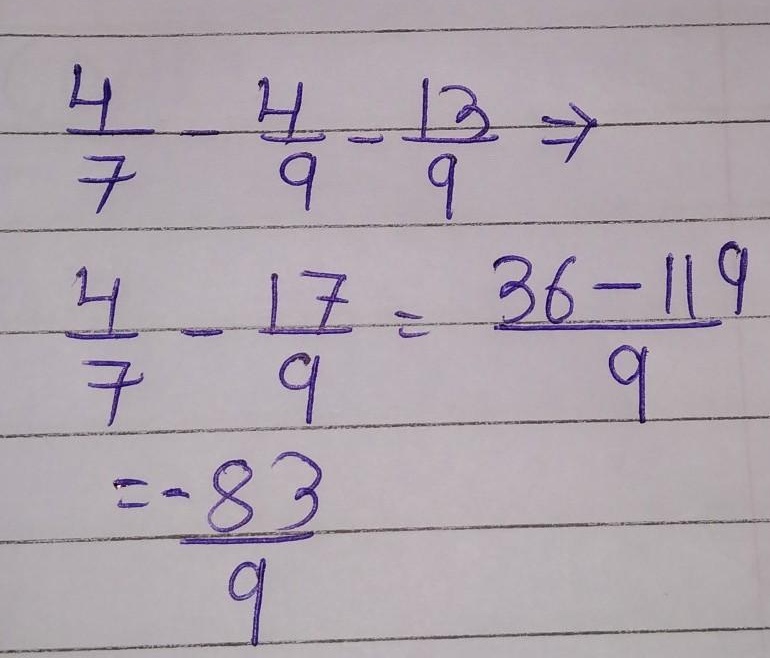
\[\begin{align*}
&\frac{4}{7}-\frac{4}{9}-\frac{13}{9}\\
=&\frac{4}{7}-\frac{17}{9}=\frac{36 - 119}{63}\\
=&-\frac{83}{63}
\end{align*}\]